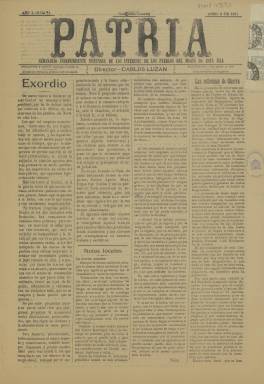
Título: Patria (Guía)
Colección: Periódicos
Ámbito geográfico: Las Palmas
Lugar de publicación: Guía (Gran Canaria)
Fechas: 02/04/1911-02/04/1911